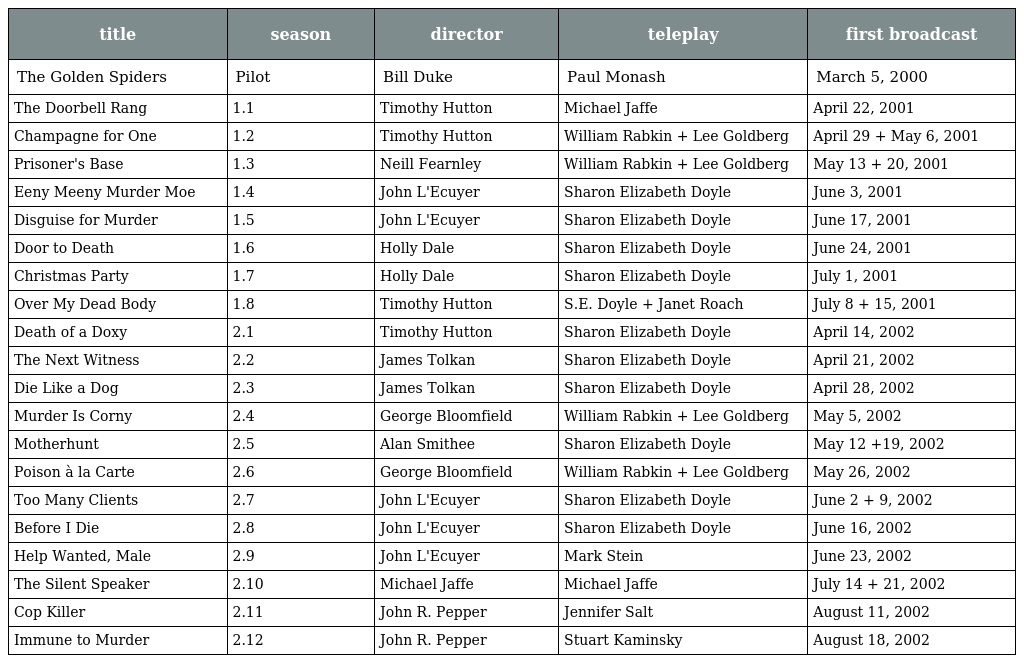
| title | season | director | teleplay | first broadcast |
 | --- | --- | --- | --- | --- |
 | The Golden Spiders | Pilot | Bill Duke | Paul Monash | March 5, 2000 |
 | The Doorbell Rang | 1.1 | Timothy Hutton | Michael Jaffe | April 22, 2001 |
 | Champagne for One | 1.2 | Timothy Hutton | William Rabkin + Lee Goldberg | April 29 + May 6, 2001 |
 | Prisoner's Base | 1.3 | Neill Fearnley | William Rabkin + Lee Goldberg | May 13 + 20, 2001 |
 | Eeny Meeny Murder Moe | 1.4 | John L'Ecuyer | Sharon Elizabeth Doyle | June 3, 2001 |
 | Disguise for Murder | 1.5 | John L'Ecuyer | Sharon Elizabeth Doyle | June 17, 2001 |
 | Door to Death | 1.6 | Holly Dale | Sharon Elizabeth Doyle | June 24, 2001 |
 | Christmas Party | 1.7 | Holly Dale | Sharon Elizabeth Doyle | July 1, 2001 |
 | Over My Dead Body | 1.8 | Timothy Hutton | S.E. Doyle + Janet Roach | July 8 + 15, 2001 |
 | Death of a Doxy | 2.1 | Timothy Hutton | Sharon Elizabeth Doyle | April 14, 2002 |
 | The Next Witness | 2.2 | James Tolkan | Sharon Elizabeth Doyle | April 21, 2002 |
 | Die Like a Dog | 2.3 | James Tolkan | Sharon Elizabeth Doyle | April 28, 2002 |
 | Murder Is Corny | 2.4 | George Bloomfield | William Rabkin + Lee Goldberg | May 5, 2002 |
 | Motherhunt | 2.5 | Alan Smithee | Sharon Elizabeth Doyle | May 12 +19, 2002 |
 | Poison à la Carte | 2.6 | George Bloomfield | William Rabkin + Lee Goldberg | May 26, 2002 |
 | Too Many Clients | 2.7 | John L'Ecuyer | Sharon Elizabeth Doyle | June 2 + 9, 2002 |
 | Before I Die | 2.8 | John L'Ecuyer | Sharon Elizabeth Doyle | June 16, 2002 |
 | Help Wanted, Male | 2.9 | John L'Ecuyer | Mark Stein | June 23, 2002 |
 | The Silent Speaker | 2.10 | Michael Jaffe | Michael Jaffe | July 14 + 21, 2002 |
 | Cop Killer | 2.11 | John R. Pepper | Jennifer Salt | August 11, 2002 |
 | Immune to Murder | 2.12 | John R. Pepper | Stuart Kaminsky | August 18, 2002 |